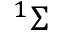
^ 1 \Sigma